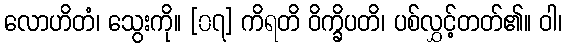
လောဟိတံ၊ သွေးကို။ [၀၇] ကိရတိ ဝိက္ခိပတိ၊ ပစ်လွှင့်တတ်၏။ ဝါ၊